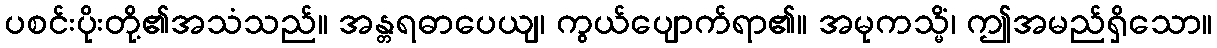
ပစင်းပိုးတို့၏အသံသည်။ အန္တရဓာပေယျ၊ ကွယ်ပျောက်ရာ၏။ အမုကသ္မိံ၊ ဤအမည်ရှိသော။